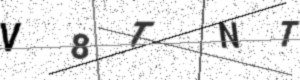
Text: V8TNT